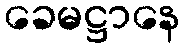
ခေမဋ္ဌာနေ